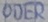
Text: ODER